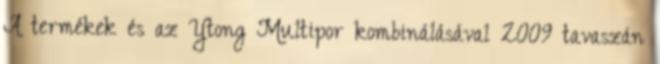
A termékek és az Ytong Multipor kombinálásával 2009 tavaszán